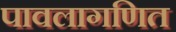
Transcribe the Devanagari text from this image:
पावलागणित